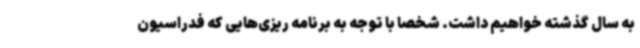
به سال گذشته خواهیم داشت. شخصا با توجه به برنامه ریزی‌هایی که فدراسیون